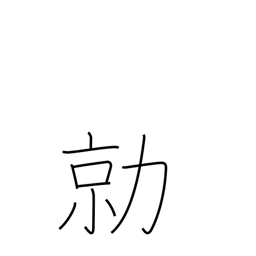
Meaning: fierce